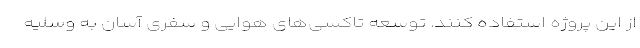
از این پروژه استفاده کنند. توسعه تاکسی‌های هوایی و سفری آسان به وسلیه